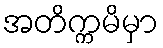
အတိက္ကမိမှာ